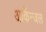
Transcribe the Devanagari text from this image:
आर्केन्जल